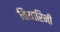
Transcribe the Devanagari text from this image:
चियारिनी